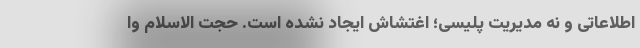
اطلاعاتی و نه مدیریت پلیسی؛ اغتشاش ایجاد نشده است. حجت الاسلام وا